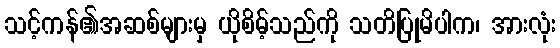
သင့်ကန်၏အဆစ်များမှ ယိုစိမ့်သည်ကို သတိပြုမိပါက၊ အားလုံး